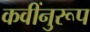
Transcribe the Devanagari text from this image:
कवींनुरूप